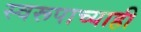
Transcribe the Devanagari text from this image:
स्वरूपाच्याही